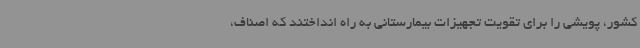
کشور، پویشی را برای تقویت تجهیزات بیمارستانی به راه انداختند که اصناف،